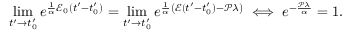
\operatorname* { l i m } _ { t ^ { \prime } \to t _ { 0 } ^ { \prime } } e ^ { \frac { 1 } { \alpha } \mathscr { E } _ { 0 } ( t ^ { \prime } - t _ { 0 } ^ { \prime } ) } = \operatorname* { l i m } _ { t ^ { \prime } \to t _ { 0 } ^ { \prime } } e ^ { \frac { 1 } { \alpha } \left( \mathscr { E } ( t ^ { \prime } - t _ { 0 } ^ { \prime } ) - \mathscr { P } \lambda \right) } \iff e ^ { - \frac { \mathscr { P } \lambda } { \alpha } } = 1 .